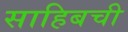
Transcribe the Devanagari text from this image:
साहिबची